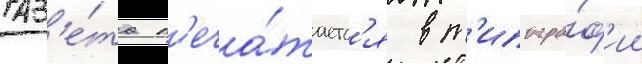
Газ'е́та п'еча́таетс'я в т'ипогра́ф'ии